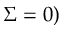
\Sigma = 0 )